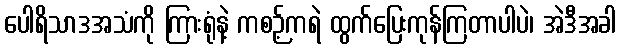
ပေါရိသာဒအသံကို ကြားရုံနဲ့ ကစဉ့်ကရဲ ထွက်ပြေးကုန်ကြတာပါပဲ၊ အဲဒီအခါ